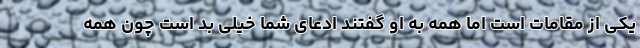
یکی از مقامات است اما همه به او گفتند ادعای شما خیلی بد است چون همه